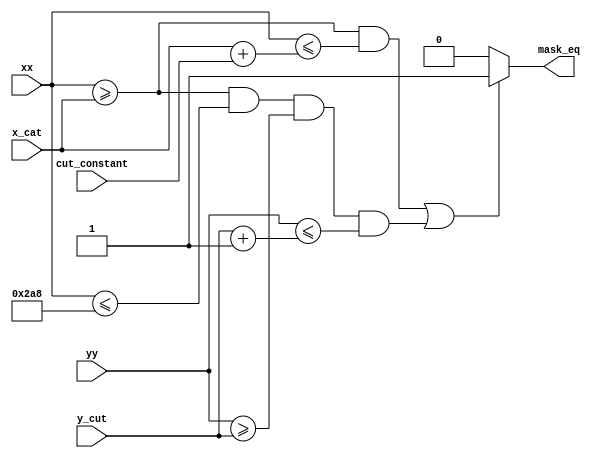
module XY_CUT(
	input wire [9:0]xx,
	input wire [9:0]yy,
	input wire [9:0]x_cat,
	input wire [9:0]y_cut,
	input wire [9:0]cut_constant,
	
	output reg mask_eq
	);

wire	[9:0]x_cat_end;
wire	[9:0]y_cut_end;

assign x_cat_end = x_cat + cut_constant;
assign y_cut_end = y_cut + 1;
	
always @(xx, yy, x_cat, y_cut)
	begin
		if(((xx >= x_cat)&&(xx <= x_cat_end))||((xx>=x_cat)&&(xx<=680)&&(yy >= y_cut)&&(yy <= y_cut_end)))
			mask_eq = 1;
		else
			mask_eq = 0;	
	end 
endmodule